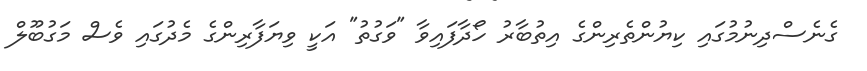
ގެނެސްދިނުމުގައި ކިޔުންތެރިންގެ އިތުބާރު ހޯދާފައިވާ "ވަގުތު" އަކީ ވިޔަފާރިންގެ މެދުގައި ވެސް މަގުބޫލް